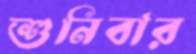
শুনিবার